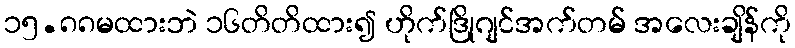
၁၅.၈၈မထားဘဲ ၁၆တိတိထား၍ ဟိုက်ဒြိုဂျင်အက်တမ် အလေးချိန်ကို